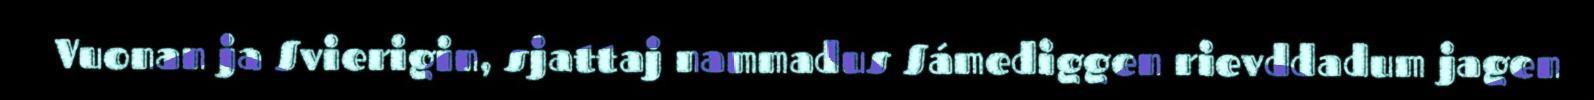
Vuonan ja Svierigin, sjattaj nammadus Sámediggen rievddadum jagen